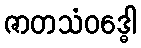
ဇာတသံဝဒ္ဓေါ